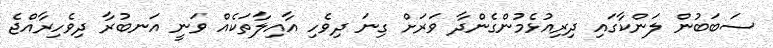
ސަބަބުން ލަންކާގައި ދިރިއުޅެމުންގެންދާ ވަރަށް ގިނަ ދިވެހި އާއިލާތަކެއް ވަނީ އަނބުރާ ދިވެހިރާއްޖެ